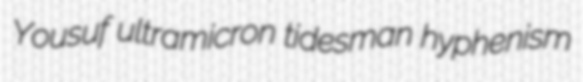
Yousuf ultramicron tidesman hyphenism